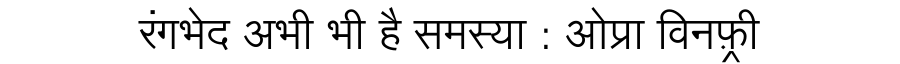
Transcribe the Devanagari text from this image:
रंगभेद अभी भी है समस्या : ओप्रा विनफ़्री